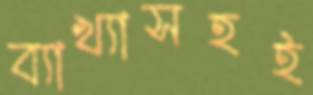
ব্যাখ্যাসহই